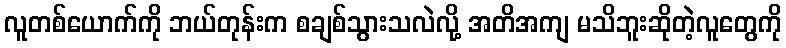
လူတစ်ယောက်ကို ဘယ်တုန်းက စချစ်သွားသလဲလို့ အတိအကျ မသိဘူးဆိုတဲ့လူတွေကို